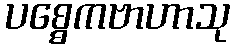
ပစ္စေကဗာဟာသု